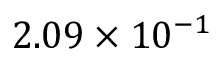
2 . 0 9 \times 1 0 ^ { - 1 }